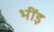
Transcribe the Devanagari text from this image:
भींड़